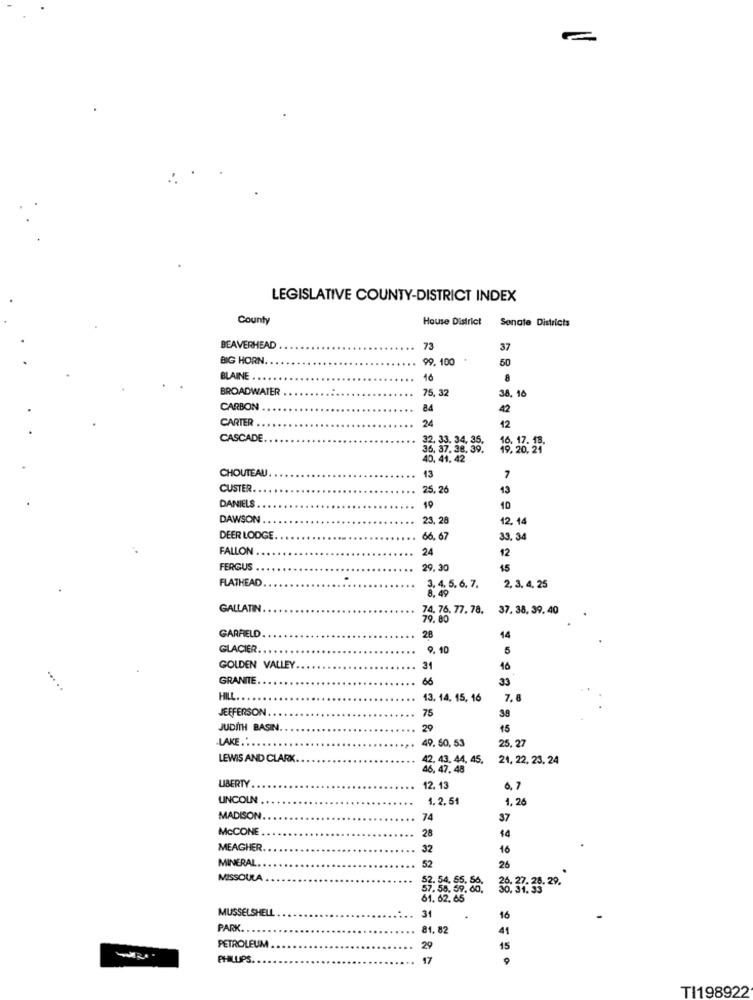
LEGISLATIVE COUNTY-DISTRICT INDEX
County
House District
Senate Districts
BEAVERHEAD
72
37
BIG HORN.
99.100
50
BLAINE ..
8
BROADWATER
75, 32
38, 16
CARBON
84
42
CARTER
24
42
CASCADE
36. 37.38.39.
- 33. 34. 2
19.20.24
CHOUTEAU
13
7
CUSTER
25,26
13
DANIELS
19
10
DAWSON .
23,28
12.14
DEER LODGE
66, 67
33.34
FALLON
24
12
FERGUS .
29.30
15
FLATHEAD
2, 3, 4, 25
3. 4. 5.6. 7.
GALLATIN
74. 76. 77. 78.
37. 38, 39. 40
79.80
GARFIELD
28
14
GLACIER
9. 10
5
GOLDEN VALLEY
31
46
GRANITE
66
33
HILL ...
13. 14. 15, 16
7.8
JEFFERSON
39
75
JUDITH BASIN
29
15
.LAKE ..
49. 60, 53
25.2
LEWIS AND CLARK
42. 43. 44, 45.
24, 22, 23, 24
46, 47, 48
LIBERTY.
12. 13
6, 7
LINCOLN
1.2.51
1, 26
MADISON
74
37
McCONE
28
44
MEAGHER
32
16
MINERAL.
52
26
MISSOULA
57.58.59.86.
2. 54, 65.
6. 27. 28.
61. 62.65
MUSSELSHELL
16
31
PARK ..
81. 82
41
PETROLEUM
29
15
PHILLIPS.
17
TI198922